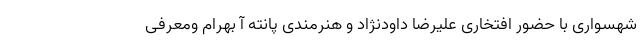
شهسواری با حضور افتخاری علیرضا داودنژاد و هنرمندی پانته آ بهرام ومعرفی